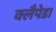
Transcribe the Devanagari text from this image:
क्लैपेडा